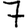
Digit: 7